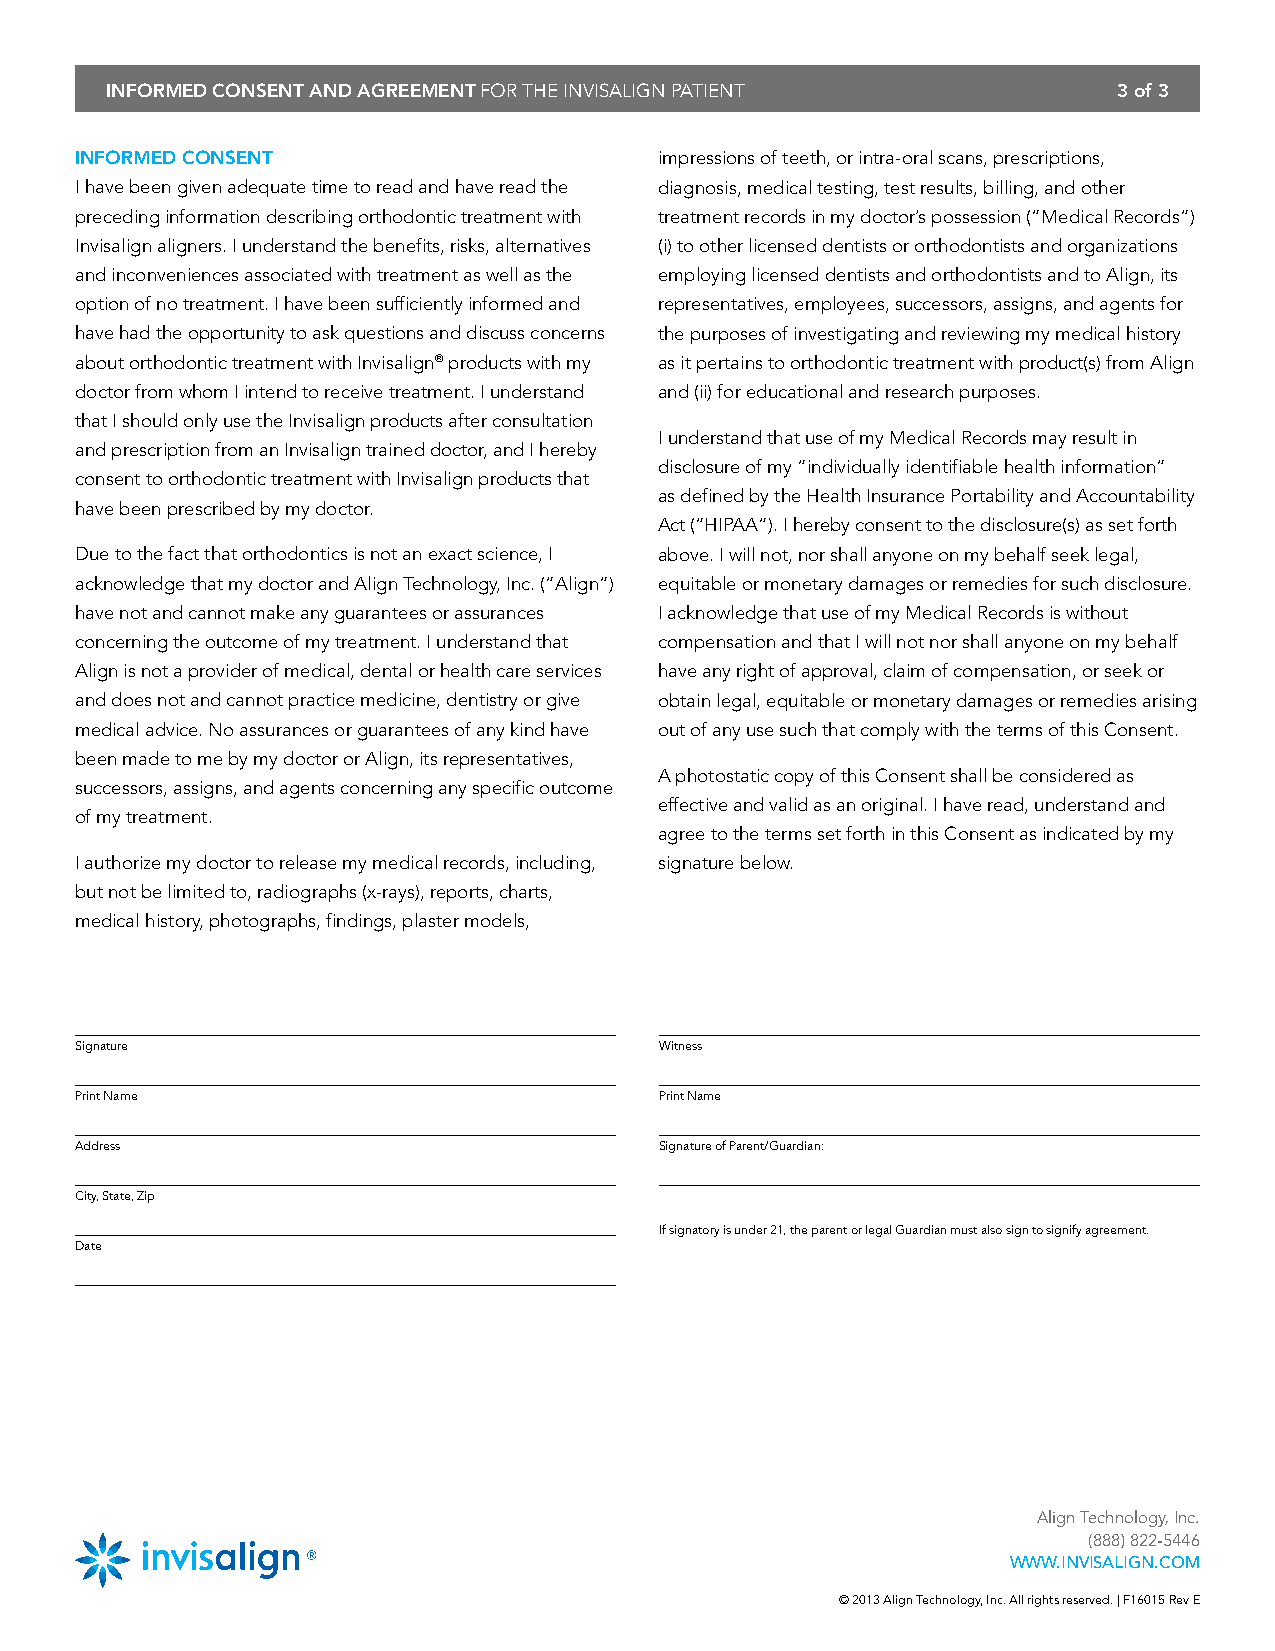
INFORMED CONSENT AND AGREEMENT FOR THE INVISALIGN PATIENT          3 of 3
 INFORMED CONSENT                       impressions of teeth, or intra-oral scans, prescriptions,
 I have been given adequate time to read and have read the diagnosis, medical testing, test results, billing, and other
 preceding information describing orthodontic treatment with treatment records in my doctor’s possession (“Medical Records”)
 Invisalign aligners. I understand the benefits, risks, alternatives (i) to other licensed dentists or orthodontists and organizations
 and inconveniences associated with treatment as well as the employing licensed dentists and orthodontists and to Align, its
 option of no treatment. I have been sufficiently informed and representatives, employees, successors, assigns, and agents for
 have had the opportunity to ask questions and discuss concerns the purposes of investigating and reviewing my medical history
 about orthodontic treatment with Invisalign® products with my as it pertains to orthodontic treatment with product(s) from Align
 doctor from whom I intend to receive treatment. I understand and (ii) for educational and research purposes.
 that I should only use the Invisalign products after consultation
 I understand that use of my Medical Records may result in
 and prescription from an Invisalign trained doctor, and I hereby
 disclosure of my “individually identifiable health information”
 consent to orthodontic treatment with Invisalign products that
 as defined by the Health Insurance Portability and Accountability
 have been prescribed by my doctor.
 Act (“HIPAA”). I hereby consent to the disclosure(s) as set forth
 Due to the fact that orthodontics is not an exact science, I above. I will not, nor shall anyone on my behalf seek legal,
 acknowledge that my doctor and Align Technology, Inc. (“Align”) equitable or monetary damages or remedies for such disclosure.
 have not and cannot make any guarantees or assurances I acknowledge that use of my Medical Records is without
 concerning the outcome of my treatment. I understand that compensation and that I will not nor shall anyone on my behalf
 Align is not a provider of medical, dental or health care services have any right of approval, claim of compensation, or seek or
 and does not and cannot practice medicine, dentistry or give obtain legal, equitable or monetary damages or remedies arising
 medical advice. No assurances or guarantees of any kind have out of any use such that comply with the terms of this Consent.
 been made to me by my doctor or Align, its representatives,
 A photostatic copy of this Consent shall be considered as
 successors, assigns, and agents concerning any specific outcome
 effective and valid as an original. I have read, understand and
 of my treatment.
 agree to the terms set forth in this Consent as indicated by my
 I authorize my doctor to release my medical records, including, signature below.
 but not be limited to, radiographs (x-rays), reports, charts,
 medical history, photographs, findings, plaster models,
 Signature                              Witness
 Print Name                             Print Name
 Address                                Signature of Parent/Guardian:
 City, State, Zip
 If signatory is under 21, the parent or legal Guardian must also sign to signify agreement.
 Date
 Align Technology, Inc.
 (888) 822-5446
 WWW.INVISALIGN.COM
 © 2013 Align Technology, Inc. All rights reserved. | F16015 Rev E